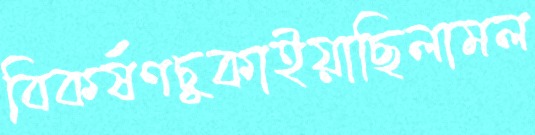
বিকর্ষণচুকাইয়াছিলামল